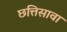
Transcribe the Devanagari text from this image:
छत्तिसावा